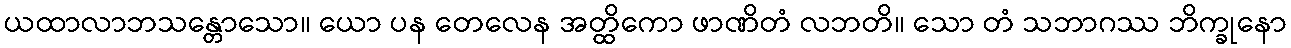
ယထာလာဘသန္တောသော။ ယော ပန တေလေန အတ္ထိကော ဖာဏိတံ လဘတိ။ သော တံ သဘာဂဿ ဘိက္ခုနော